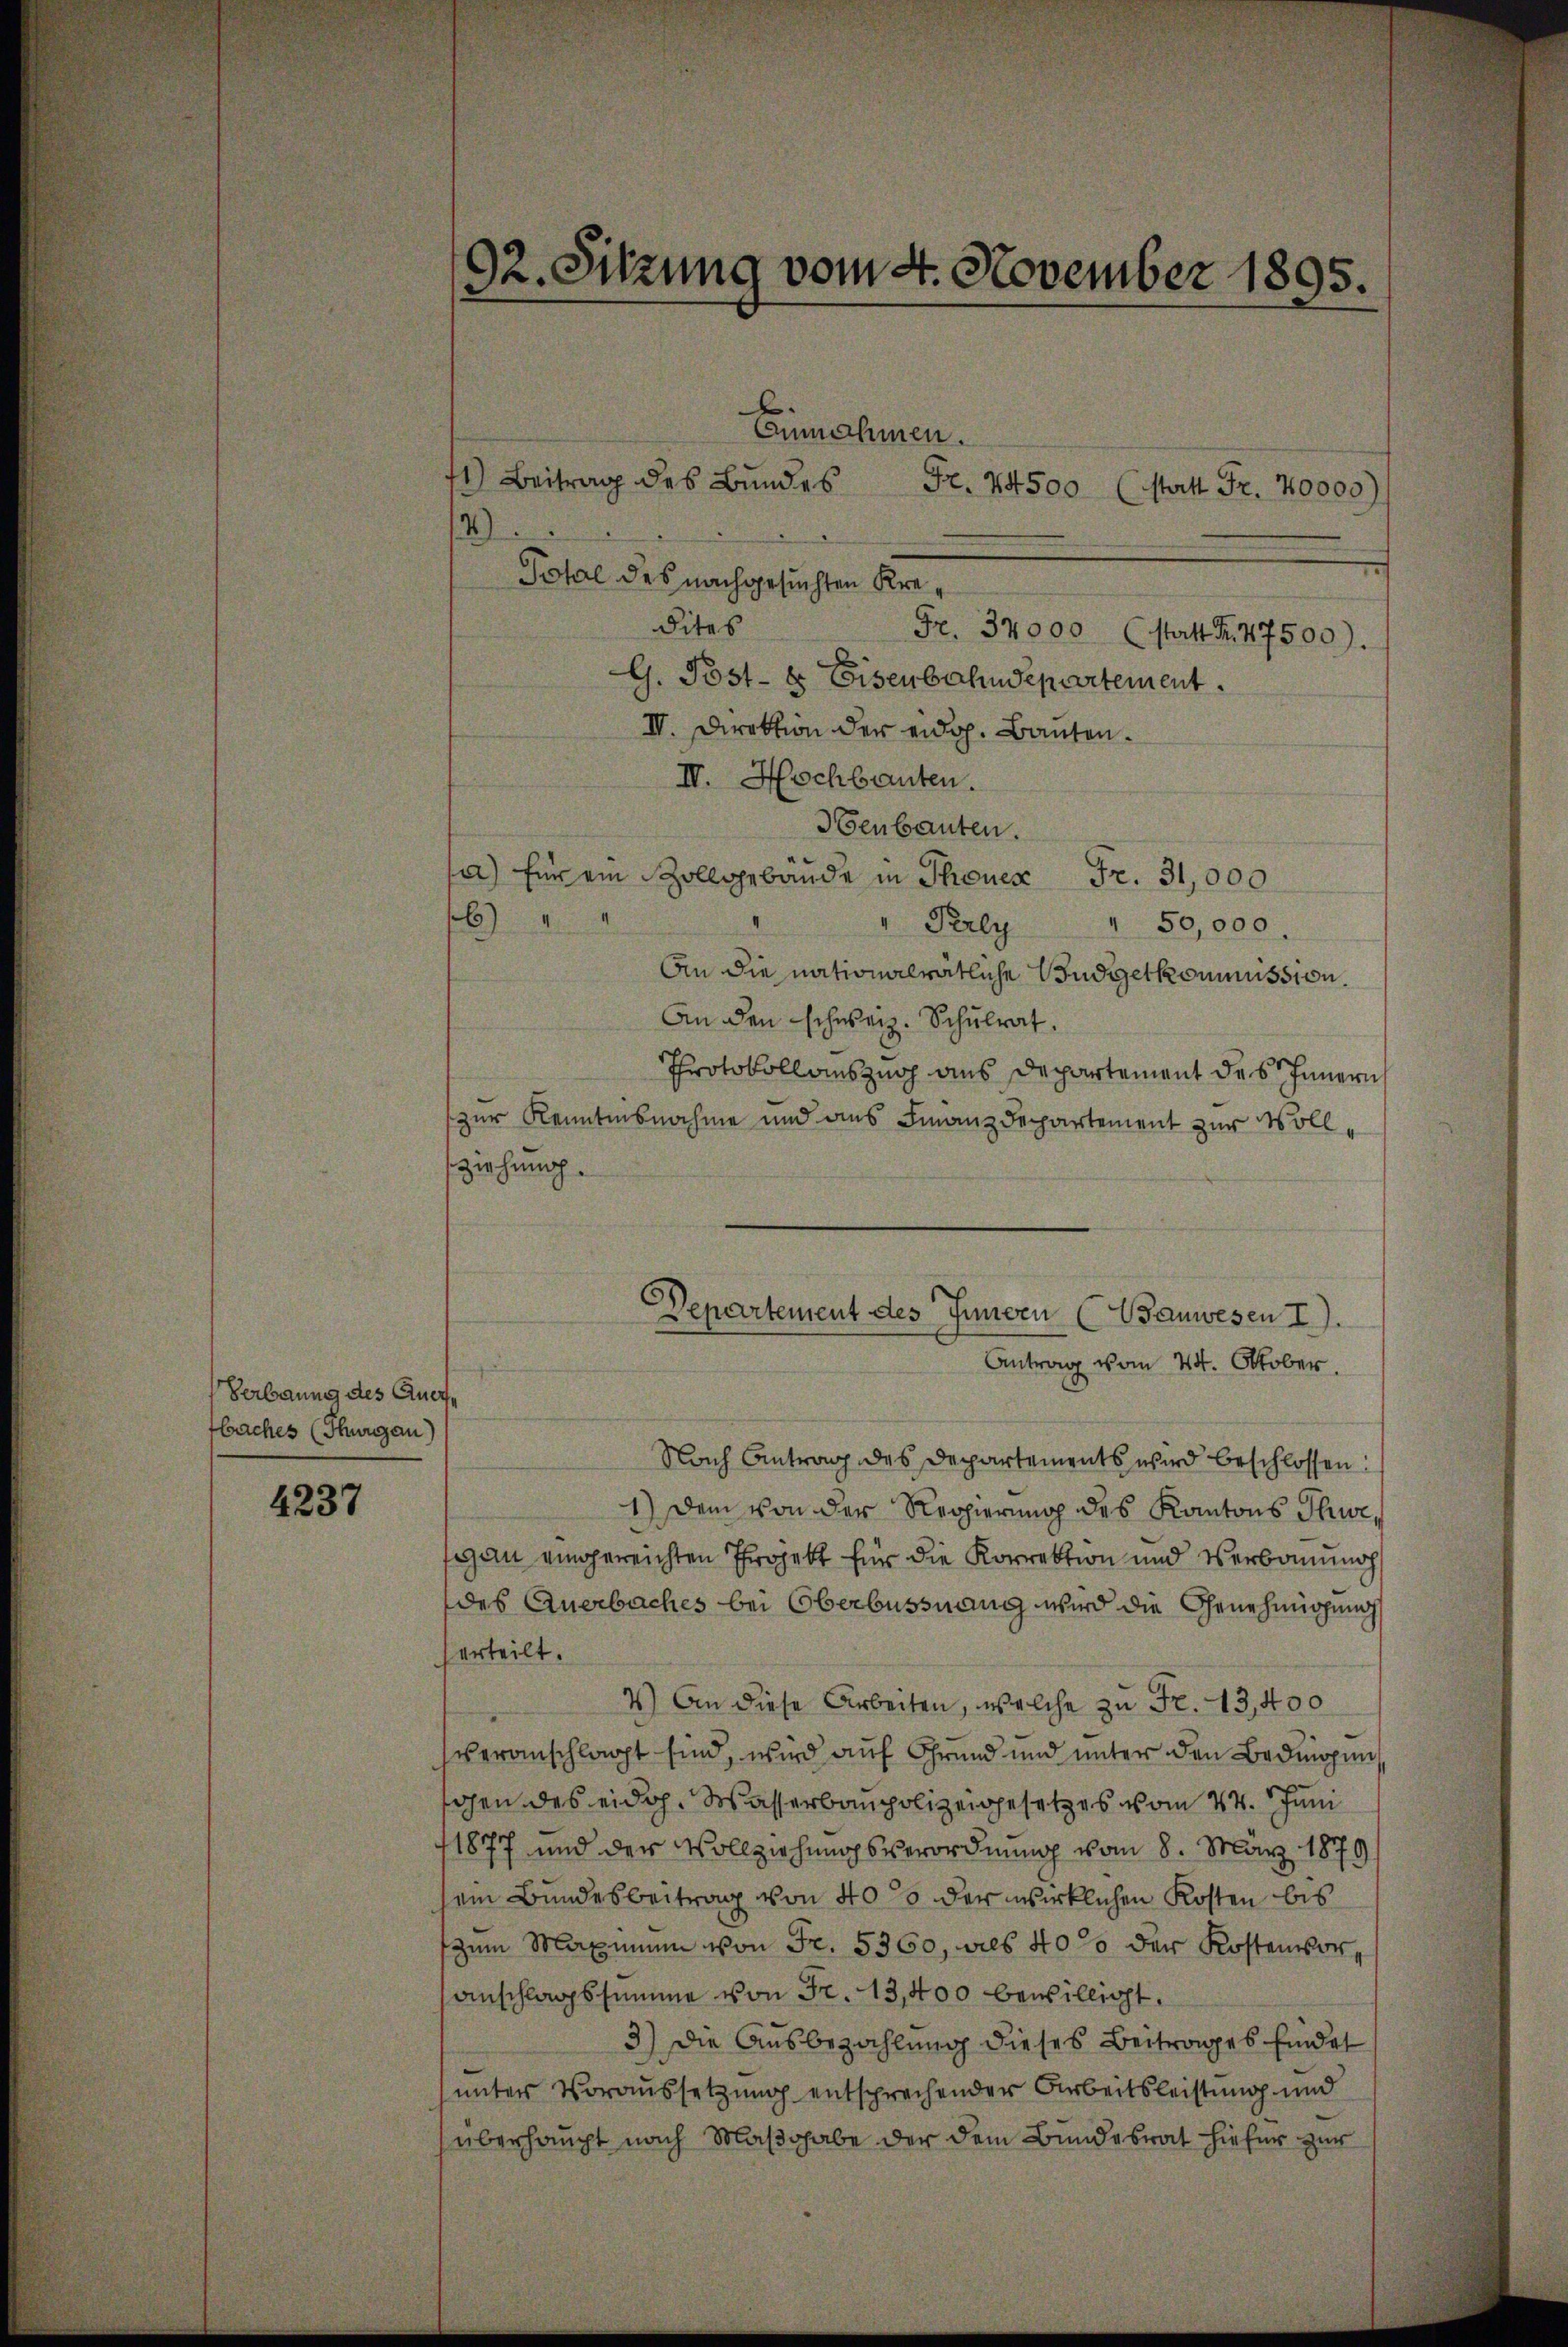
Verbarung des Quertbaches (Thurgau)

4237

92. Sitzung vom 4. November 1895.
Einnahmen.
1) Beitrag des Bundes
Fr. 24500 (statt Fr. 40000)
4
Total des nachgesuchten Kre¬

dites
Fr. 32000 (statt Fr. 47500).
G. Post- & Eisenbahndepartement.
III. Direktion der eidg. Bauten.
IV. Hochbauten.
Henbauten.
a) für ein Zollgebäude in Thonen Fr. 31,000
6
" Perly " 50,000.
An die nationalrätliche Budgetkommission.
An den schweiz. Schulrat.
Protokollauszug aus Departement des Innern
zur Kenntnisnahme und aus Finanzdepartement zur Vollziehung.
Departement des Jungen (Wanwesen I.
Antrag vom 24. Oktober.
Nach Antrag des Departements wird beschlossen:
1.) Dem von der Regierung des Kantons Thwegan eingereichten Projekt für die Korrektion und Verbauung
des Querbaches bei Oberbüssnang wird die Genehmigung
erteilt.
4.) An diese Arbeiten, welche zu Fr. 13,400
veranschlagt sind, wird auf Grund und unter den Bedingun
gen des eidg. Wasserbaupolizeigesetzes vom 24. Juni
1877 und der Vollziehungsverordnung vom 8. März 1879
ein Bundesbeitrag von 40% der wirklichen Kosten bis
zum Maximum von Fr. 5360, als 40% der Kostenvor
anschlagssumme von Fr. 13,400 bewilligt.
3) Die Ausbezahlung dieses Beitrages findet
unter Voraussetzung entsprechender Arbeitsleistung und
überhaupt nach Maßgabe der dem Bundesrat hiefür zur